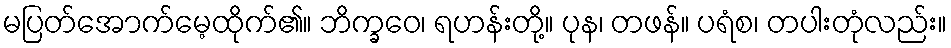
မပြတ်အောက်မေ့ထိုက်၏။ ဘိက္ခဝေ၊ ရဟန်းတို့။ ပုန၊ တဖန်။ ပရံစ၊ တပါးတုံလည်း။